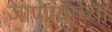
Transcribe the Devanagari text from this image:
जाणार्‍याच्या